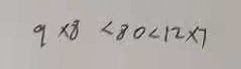
9 \times 8 < 8 0 < 1 2 \times 7